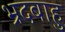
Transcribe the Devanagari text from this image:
भ्रदबाहु